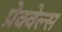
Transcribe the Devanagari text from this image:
प्रेक्वेल्स